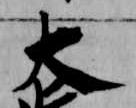
大